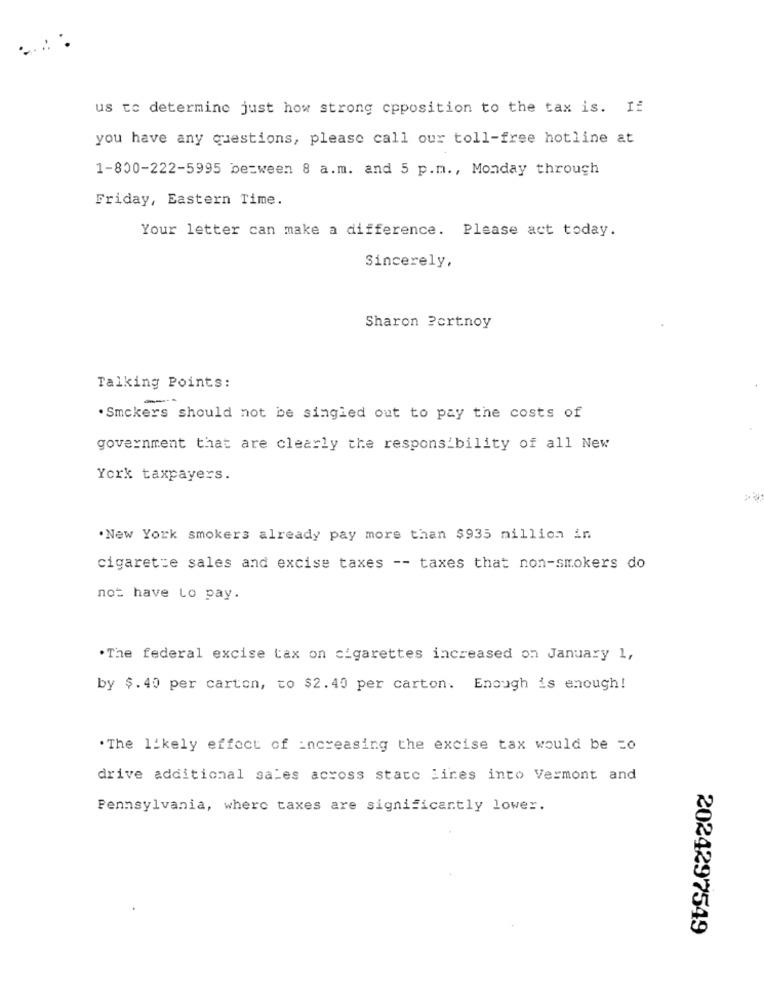
us to determine just how strong cpposition to the tax is. If
you have any questions, please call our toll-free hotline at
1-800-222-5995 between 8 a.m. and 5 p.m ., Monday through
Friday, Eastern Time.
Your letter can make a difference. Please act today.
Sincerely,
Sharon Portnoy
Talking Points:
----
.Smokers should not be singled out to pay the costs of
government that are clearly the responsibility of all New
York taxpayers.
.New York smokers already pay more than $935 million in
cigarette sales and excise taxes -- taxes that non-smokers do
not have Lo pay.
.The federal excise tax on cigarettes increased on January 1,
by $.40 per carton, to $2.40 per carton. Enough is enough!
. The likely effect of increasing the excise tax would be =o
drive additional sales across state lires into Vermont and
Pennsylvania, where taxes are significantly lower.
2024297549